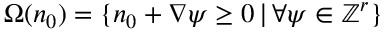
\Omega ( \boldsymbol n _ { 0 } ) = \{ \boldsymbol n _ { 0 } + \nabla \boldsymbol \psi \geq 0 \, | \, \forall \boldsymbol \psi \in { \mathbb Z } ^ { r } \}